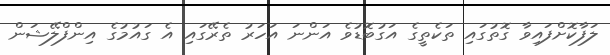
ލަފާކޮށްފައިވާ ގޮތުގައި ތަކެތީގެ އަގުބޮޑުވެ އަންނަ އަހަރު ތެރޭގައި އެ ގައުމުގެ އިންފްލޭޝަން